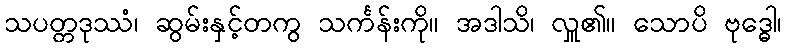
သပတ္တဒုဿံ၊ ဆွမ်းနှင့်တကွ သင်္ကန်းကို။ အဒါသိ၊ လှူ၏။ သောပိ ဗုဒ္ဓေါ၊